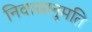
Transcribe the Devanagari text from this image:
निवासानुमति